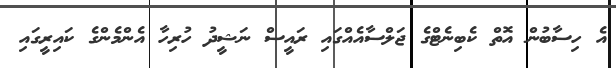
އެ ހިސާބުން އޮތް ކެބިނެޓްގެ ޖަލްސާއެއްގައި ރައީސް ނަޝީދު ހުރިހާ އެންމެންގެ ކައިރީގައި